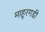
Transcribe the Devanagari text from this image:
माहूरगडी